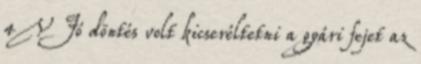
4V Jó döntés volt kicseréltetni a gyári fejet az